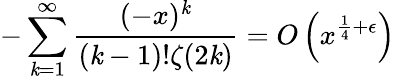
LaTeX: -\sum_{\mathit{k}=1}^{\infty}{\frac{{(-x)^{\mathit{k}}}}{{(\mathit{k}-1)!\zeta(2\mathit{k})}}}=O\left(x^{{\frac{{1}}{{4}}}+\epsilon}\right)